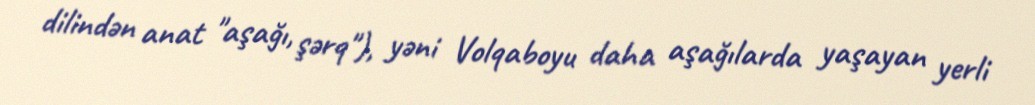
dilindən anat "aşağı, şərq"), yəni Volqaboyu daha aşağılarda yaşayan yerli